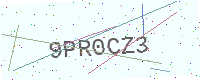
Text: 9PR0CZ3